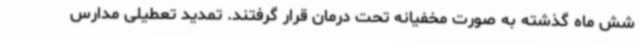
شش ماه گذشته به صورت مخفیانه تحت درمان قرار گرفتند. تمدید تعطیلی مدارس